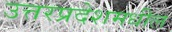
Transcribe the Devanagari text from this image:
उत्तरप्रदेशमधील